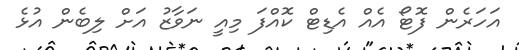
އަހަރެން ފޮޓޯ އެއް އެޑިޓް ކޮއްފަ މިއީ ނަވާޒު އަށް ލިބެން އުޅެ